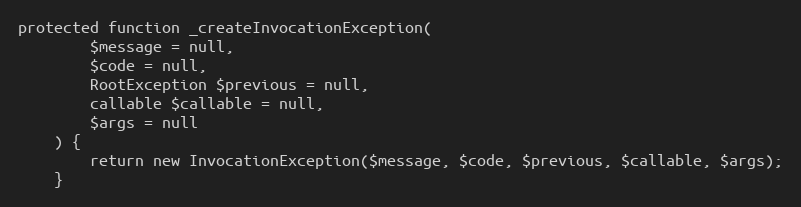
Language: PHP
protected function _createInvocationException(
        $message = null,
        $code = null,
        RootException $previous = null,
        callable $callable = null,
        $args = null
    ) {
        return new InvocationException($message, $code, $previous, $callable, $args);
    }